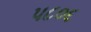
પ૮૦૬